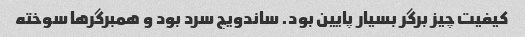
کیفیت چیز برگر بسیار پایین بود. ساندویچ سرد بود و همبرگرها سوخته